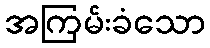
အကြမ်းခံသော